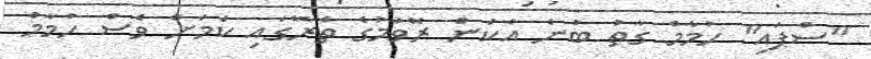
"ސްޕައި" ހުމާމް ގާތު ބުނެ އެކަން ރޭވުމުގެ ތެރޭގައި ކަމަށް ވެސް ހުމާމް